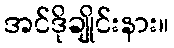
အင်ဒိုချိုင်းနား။